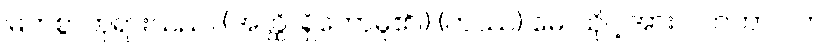
မြတ်စွာဘုရားသည်။ (အတ္ထိ၊ ရှိတော်မူ၏။) (တဿ) မေ၊ ထိုငါ့အား။ လာဘာ ဝတ၊